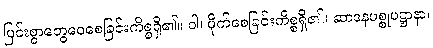
ပြင်းစွာတွေဝေစေခြင်းကိစ္စရှိ၏။ ဝါ၊ မိုက်စေခြင်းကိစ္စရှိ၏။ ဆာဒနပစ္စုပဋ္ဌာနာ၊